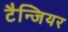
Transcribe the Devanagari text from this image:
टैन्जियर